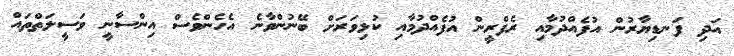
އަދި ފަނޑިޔާރުން އުފެއްދުމާއި ރެފްރީން އުފެއްދުމާއި ކުޅިވަރަށް ބޭނުންވާނެ އެހެންވެސް އިންސާނީ ވަސީލަތްތައް